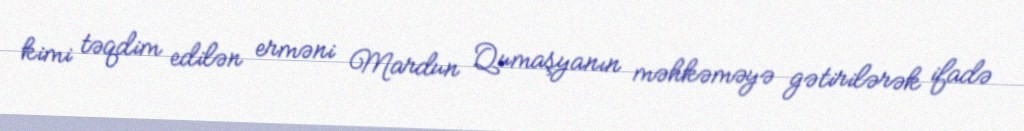
kimi təqdim edilən erməni Mardun Qumaşyanın məhkəməyə gətirilərək ifadə